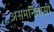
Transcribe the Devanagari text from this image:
असमनिवासी